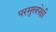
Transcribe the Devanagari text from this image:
परमुखपेक्षी